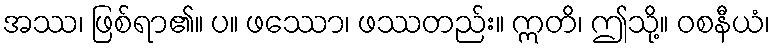
အဿ၊ ဖြစ်ရာ၏။ ပ။ ဖဿော၊ ဖဿတည်း။ ဣတိ၊ ဤသို့။ ဝစနီယံ၊